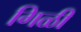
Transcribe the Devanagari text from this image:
गिळी